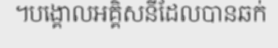
។បង្គោលអគ្គិសនីដែលបានឆក់